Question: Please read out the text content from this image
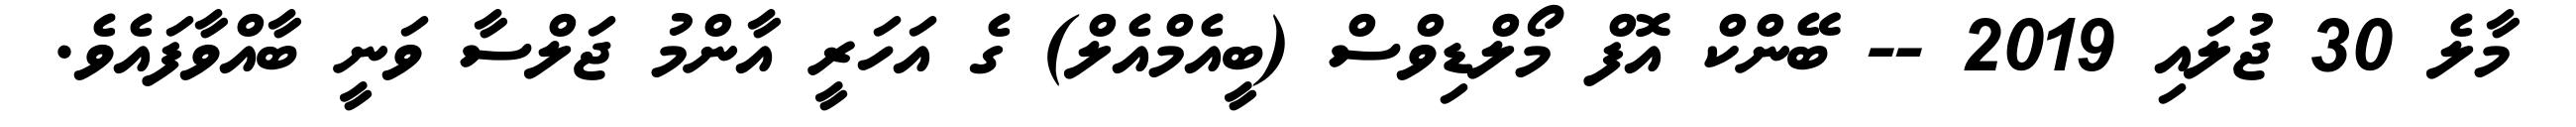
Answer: މާލެ 30 ޖުލައި 2019 -- ބޭންކް އޮފް މޯލްޑިވްސް (ބީއެމްއެލް) ގެ އަހަރީ އާންމު ޖަލްސާ ވަނީ ބާއްވާފައެވެ.